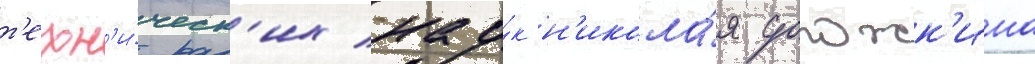
т'ехн'и́ческ'их нау́к н'икола́я дорожк'ина